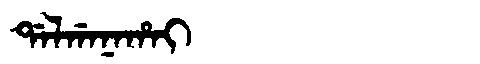
Manchu: ᡩᠠᠯᡤᠠᠨᠠᡥᠠᡳ
Romanization: DALGANAHAI